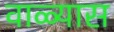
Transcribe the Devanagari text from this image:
वाळ्यास